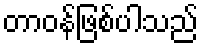
တာဝန်ဖြစ်ပါသည်